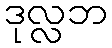
ဒုလ္လဘ